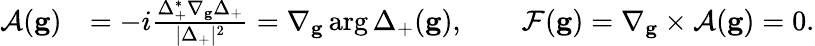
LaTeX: \begin{array}{rl}{\mathcal{A}(\mathbf{g})}&{=-i\frac{\Delta_{+}^{*}\nabla_{\mathbf{g}}\Delta_{+}}{|\Delta_{+}|^{2}}=\nabla_{\mathbf{g}}\arg\Delta_{+}(\mathbf{g}),\qquad\mathcal{F}(\mathbf{g})=\nabla_{\mathbf{g}}\times\mathcal{A}(\mathbf{g})=0.}\end{array}